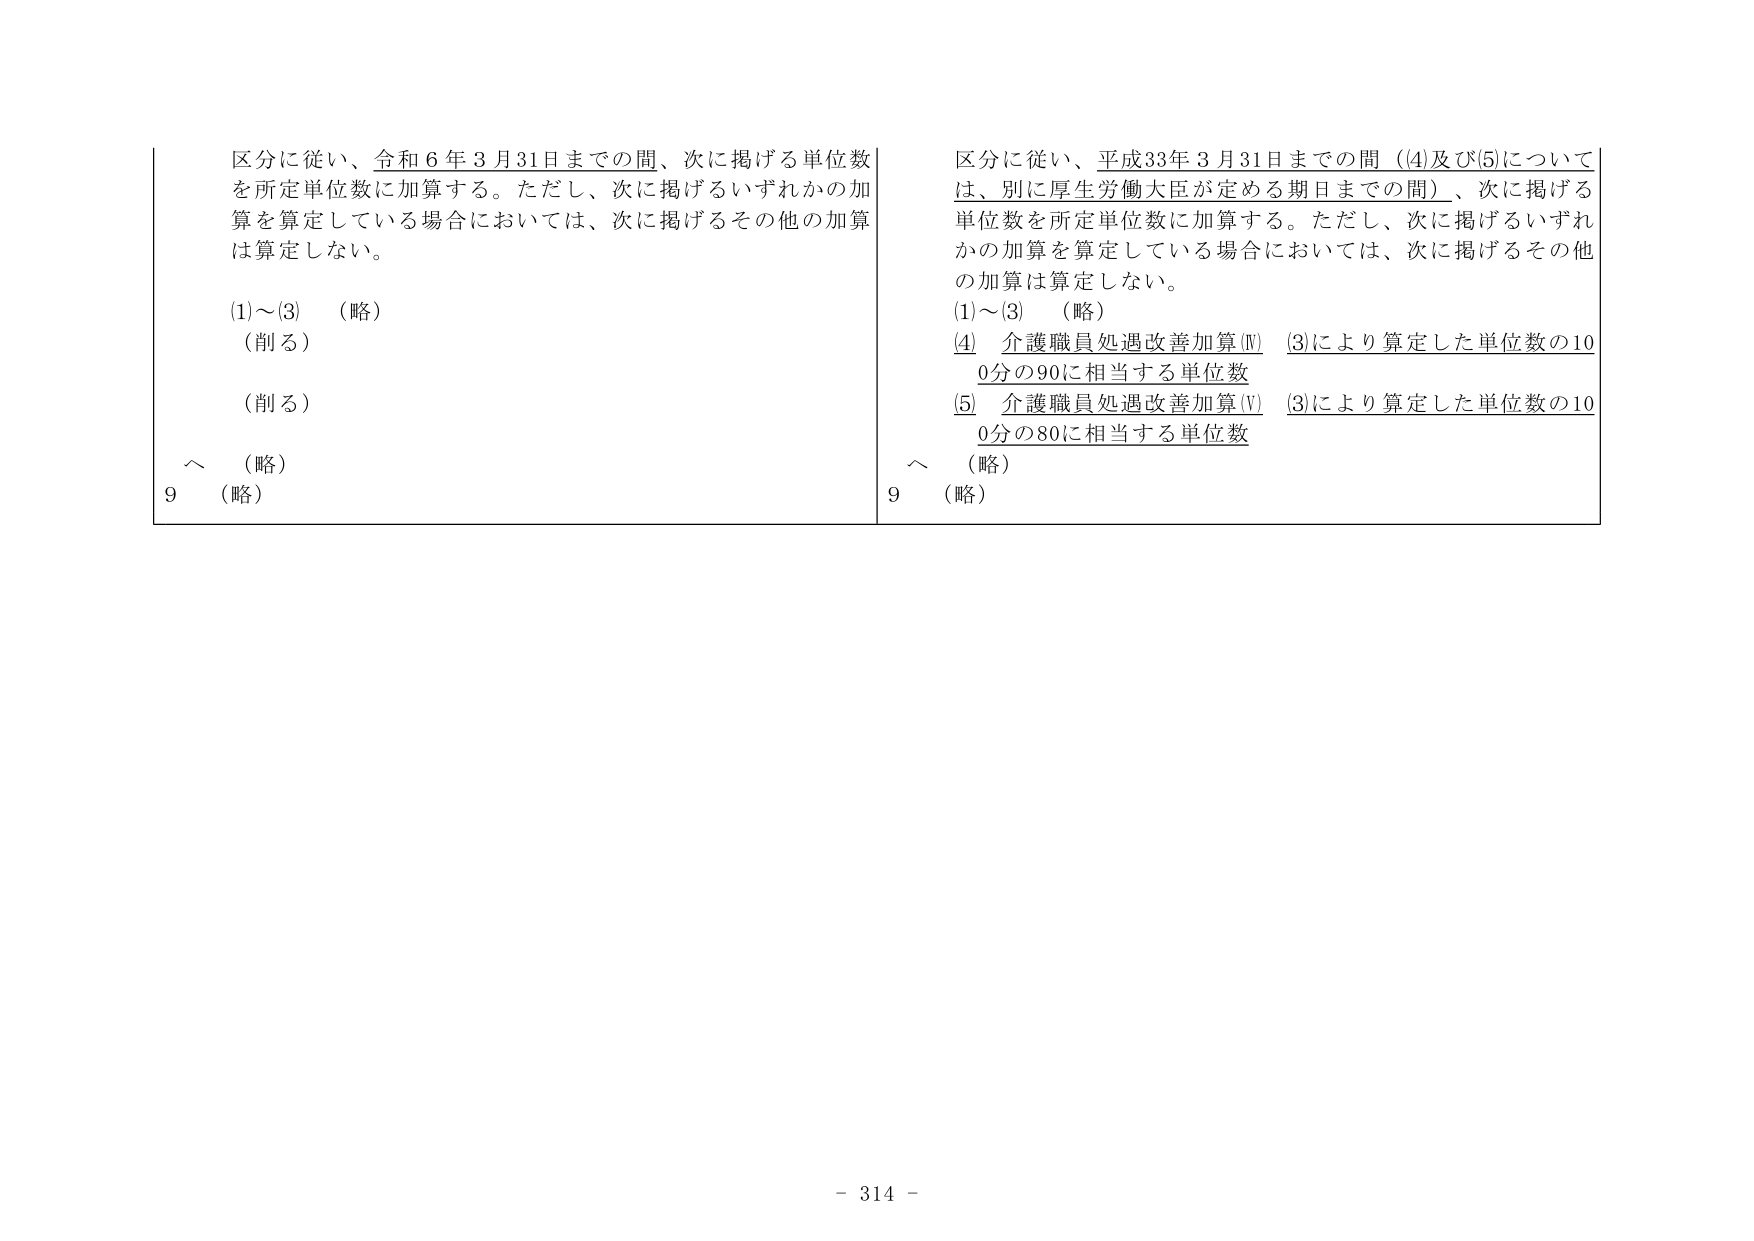
区分に従い、令和６年３月31日までの間、次に掲げる単位数を所定単位数に加算する。ただし、次に掲げるいずれかの加算を算定している場合においては、次に掲げるその他の加算は算定しない。

(1)～(3)　（略）
（削る）
（削る）
～　（略）
9　（略）

区分に従い、平成33年３月31日までの間（(4)及び(5)については、別に厚生労働大臣が定める期日までの間）、次に掲げる単位数を所定単位数に加算する。ただし、次に掲げるいずれかの加算を算定している場合においては、次に掲げるその他の加算は算定しない。

(1)～(3)　（略）
(4)　介護職員処遇改善加算(Ⅳ)　(3)により算定した単位数の100分の90に相当する単位数
(5)　介護職員処遇改善加算(Ⅴ)　(3)により算定した単位数の100分の80に相当する単位数
～　（略）
9　（略）

- 314 -